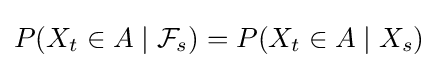
P(X_{t}\in A\mid {\mathcal {F}}_{s})=P(X_{t}\in A\mid X_{s})